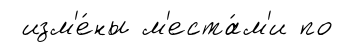
изм'е́ны м'еста́м'и по